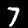
Label: 7